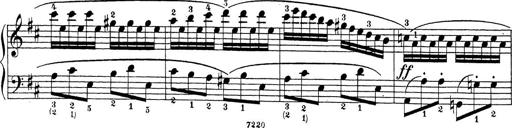
Title: Sonatina Album
Composer: Louis KÃ¶hler